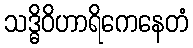
သဒ္ဓိဝိဟာရိကေနေတံ